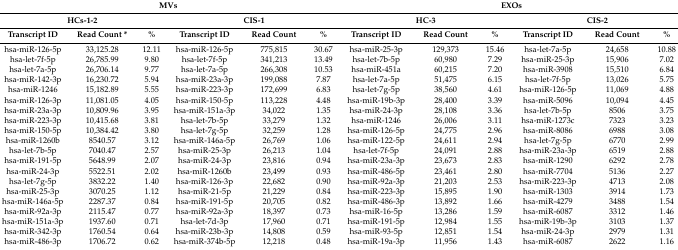
<table><thead><tr><td colspan="6"><b>MVs</b></td><td colspan="6"><b>EXOs</b></td></tr><tr><td colspan="3"><b>HCs-1-2</b></td><td colspan="3"><b>CIS-1</b></td><td colspan="3"><b>HC-3</b></td><td colspan="3"><b>CIS-2</b></td></tr><tr><td><b>Transcript ID</b></td><td><b>Read Count *</b></td><td><b>%</b></td><td><b>Transcript ID</b></td><td><b>Read Count</b></td><td><b>%</b></td><td><b>Transcript ID</b></td><td><b>Read Count</b></td><td><b>%</b></td><td><b>Transcript ID</b></td><td><b>Read Count</b></td><td><b>%</b></td></tr></thead><tbody><tr><td>hsa-miR-126-5p</td><td>33,125.28</td><td>12.11</td><td>hsa-miR-126-5p</td><td>775,815</td><td>30.67</td><td>hsa-miR-25-3p</td><td>129,373</td><td>15.46</td><td>hsa-let-7a-5p</td><td>24,658</td><td>10.88</td></tr><tr><td>hsa-let-7f-5p</td><td>26,785.99</td><td>9.80</td><td>hsa-let-7f-5p</td><td>341,213</td><td>13.49</td><td>hsa-let-7b-5p</td><td>60,980</td><td>7.29</td><td>hsa-miR-25-3p</td><td>15,906</td><td>7.02</td></tr><tr><td>hsa-let-7a-5p</td><td>26,706.14</td><td>9.77</td><td>hsa-let-7a-5p</td><td>266,308</td><td>10.53</td><td>hsa-miR-451a</td><td>60,215</td><td>7.20</td><td>hsa-miR-3908</td><td>15,510</td><td>6.84</td></tr><tr><td>hsa-miR-142-3p</td><td>16,230.72</td><td>5.94</td><td>hsa-miR-23a-3p</td><td>199,088</td><td>7.87</td><td>hsa-let-7a-5p</td><td>51,475</td><td>6.15</td><td>hsa-let-7f-5p</td><td>13,026</td><td>5.75</td></tr><tr><td>hsa-miR-1246</td><td>15,182.89</td><td>5.55</td><td>hsa-miR-223-3p</td><td>172,699</td><td>6.83</td><td>hsa-let-7g-5p</td><td>38,560</td><td>4.61</td><td>hsa-miR-126-5p</td><td>11,069</td><td>4.88</td></tr><tr><td>hsa-miR-126-3p</td><td>11,081.05</td><td>4.05</td><td>hsa-miR-150-5p</td><td>113,228</td><td>4.48</td><td>hsa-miR-19b-3p</td><td>28,400</td><td>3.39</td><td>hsa-miR-5096</td><td>10,094</td><td>4.45</td></tr><tr><td>hsa-miR-23a-3p</td><td>10,809.96</td><td>3.95</td><td>hsa-miR-151a-3p</td><td>34,022</td><td>1.35</td><td>hsa-miR-24-3p</td><td>28,108</td><td>3.36</td><td>hsa-let-7b-5p</td><td>8506</td><td>3.75</td></tr><tr><td>hsa-miR-223-3p</td><td>10,415.68</td><td>3.81</td><td>hsa-let-7b-5p</td><td>33,279</td><td>1.32</td><td>hsa-miR-1246</td><td>26,006</td><td>3.11</td><td>hsa-miR-1273c</td><td>7323</td><td>3.23</td></tr><tr><td>hsa-miR-150-5p</td><td>10,384.42</td><td>3.80</td><td>hsa-let-7g-5p</td><td>32,259</td><td>1.28</td><td>hsa-miR-126-5p</td><td>24,775</td><td>2.96</td><td>hsa-miR-8086</td><td>6988</td><td>3.08</td></tr><tr><td>hsa-miR-1260b</td><td>8540.57</td><td>3.12</td><td>hsa-miR-146a-5p</td><td>26,769</td><td>1.06</td><td>hsa-miR-122-5p</td><td>24,611</td><td>2.94</td><td>hsa-let-7g-5p</td><td>6770</td><td>2.99</td></tr><tr><td>hsa-let-7b-5p</td><td>7040.47</td><td>2.57</td><td>hsa-miR-25-3p</td><td>26,213</td><td>1.04</td><td>hsa-let-7f-5p</td><td>24,091</td><td>2.88</td><td>hsa-miR-23a-3p</td><td>6519</td><td>2.88</td></tr><tr><td>hsa-miR-191-5p</td><td>5648.99</td><td>2.07</td><td>hsa-miR-24-3p</td><td>23,816</td><td>0.94</td><td>hsa-miR-23a-3p</td><td>23,673</td><td>2.83</td><td>hsa-miR-1290</td><td>6292</td><td>2.78</td></tr><tr><td>hsa-miR-24-3p</td><td>5522.51</td><td>2.02</td><td>hsa-miR-1260b</td><td>23,499</td><td>0.93</td><td>hsa-miR-486-5p</td><td>23,461</td><td>2.80</td><td>hsa-miR-7704</td><td>5136</td><td>2.27</td></tr><tr><td>hsa-let-7g-5p</td><td>3832.22</td><td>1.40</td><td>hsa-miR-126-3p</td><td>22,682</td><td>0.90</td><td>hsa-miR-92a-3p</td><td>21,203</td><td>2.53</td><td>hsa-miR-223-3p</td><td>4713</td><td>2.08</td></tr><tr><td>hsa-miR-25-3p</td><td>3070.25</td><td>1.12</td><td>hsa-miR-21-5p</td><td>21,229</td><td>0.84</td><td>hsa-miR-223-3p</td><td>15,895</td><td>1.90</td><td>hsa-miR-1303</td><td>3914</td><td>1.73</td></tr><tr><td>hsa-miR-146a-5p</td><td>2287.37</td><td>0.84</td><td>hsa-miR-191-5p</td><td>20,705</td><td>0.82</td><td>hsa-miR-486-3p</td><td>13,892</td><td>1.66</td><td>hsa-miR-4279</td><td>3488</td><td>1.54</td></tr><tr><td>hsa-miR-92a-3p</td><td>2115.47</td><td>0.77</td><td>hsa-miR-92a-3p</td><td>18,397</td><td>0.73</td><td>hsa-miR-16-5p</td><td>13,286</td><td>1.59</td><td>hsa-miR-6087</td><td>3312</td><td>1.46</td></tr><tr><td>hsa-miR-151a-3p</td><td>1937.60</td><td>0.71</td><td>hsa-let-7d-3p</td><td>17,960</td><td>0.71</td><td>hsa-miR-191-5p</td><td>12,984</td><td>1.55</td><td>hsa-miR-19b-3p</td><td>3103</td><td>1.37</td></tr><tr><td>hsa-miR-342-3p</td><td>1760.54</td><td>0.64</td><td>hsa-miR-23b-3p</td><td>14,808</td><td>0.59</td><td>hsa-miR-93-5p</td><td>12,851</td><td>1.54</td><td>hsa-miR-24-3p</td><td>2979</td><td>1.31</td></tr><tr><td>hsa-miR-486-3p</td><td>1706.72</td><td>0.62</td><td>hsa-miR-374b-5p</td><td>12,218</td><td>0.48</td><td>hsa-miR-19a-3p</td><td>11,956</td><td>1.43</td><td>hsa-miR-6087</td><td>2622</td><td>1.16</td></tr></tbody></table>